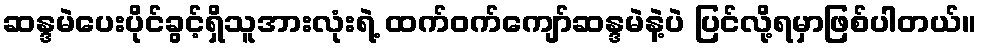
ဆန္ဒမဲပေးပိုင်ခွင့်ရှိသူအားလုံးရဲ့ ထက်ဝက်ကျော်ဆန္ဒမဲနဲ့ပဲ ပြင်လို့ရမှာဖြစ်ပါတယ်။